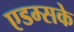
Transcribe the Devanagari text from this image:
एडम्सके